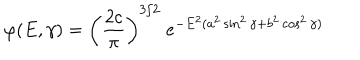
\varphi ( E , \gamma ) = \left( \frac { 2 c } { \pi } \right) ^ { 3 / 2 } \; e ^ { - E ^ { 2 } ( a ^ { 2 } \sin ^ { 2 } \gamma + b ^ { 2 } \cos ^ { 2 } \gamma ) }